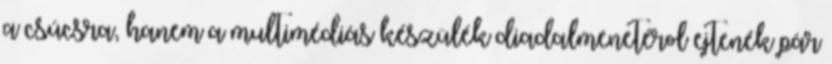
a csúcsra, hanem a multimédiás készülék diadalmenetérol ejtenék pár